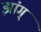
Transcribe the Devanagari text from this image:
झांग्